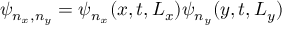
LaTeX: \psi _ { n _ { x } , n _ { y } } = \psi _ { n _ { x } } ( x , t , L _ { x } ) \psi _ { n _ { y } } ( y , t , L _ { y } )